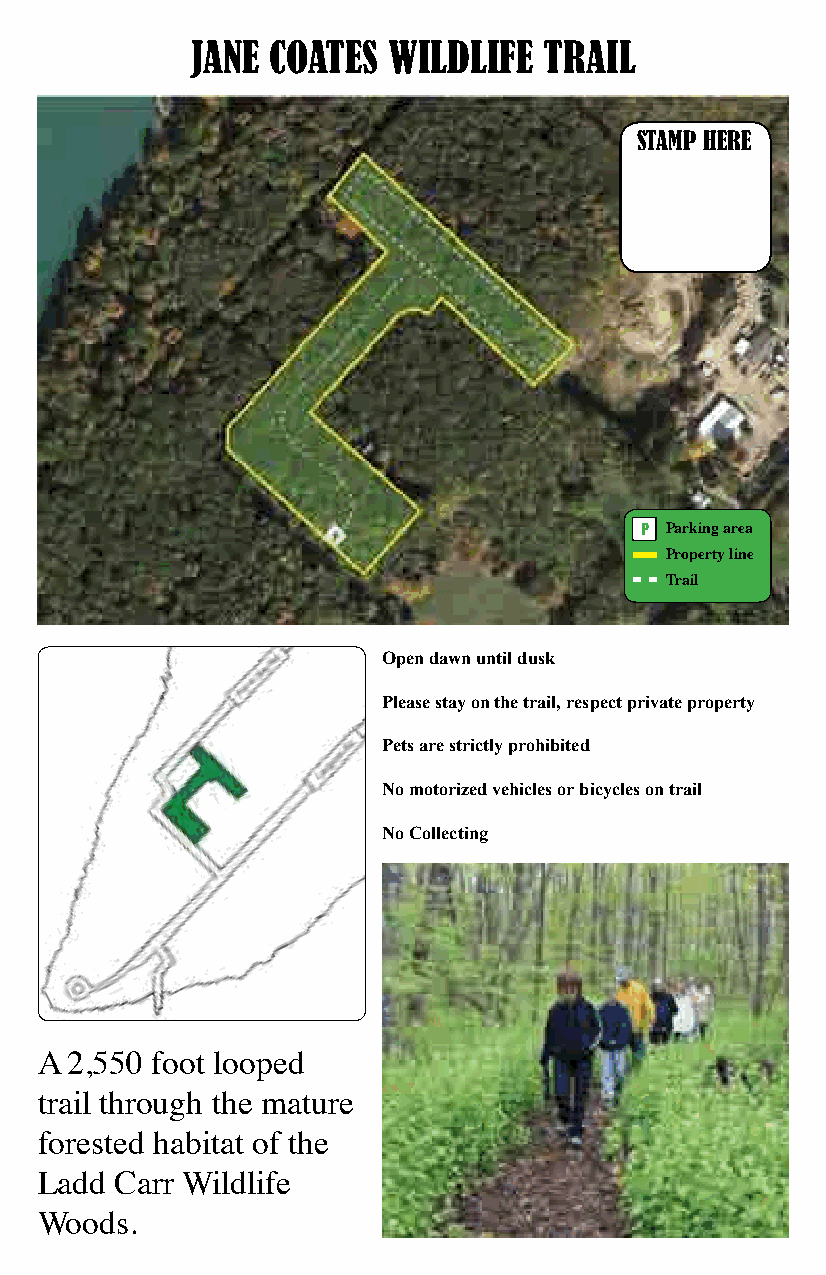
JANE COATES  WILDLIFE  TRAIL
 STAMP HERE
 P Parking area
 Property line
 Trail
 Open dawn until dusk
 Please stay on the trail, respect private property
 Pets are strictly prohibited
 No motorized vehicles or bicycles on trail
 No Collecting
 A  2,550 foot looped
 trail through the mature
 forested habitat of the
 Ladd  Carr Wildlife
 Woods.